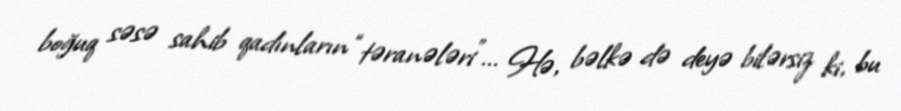
boğuq səsə sahib qadınların “təranələri”... Hə, bəlkə də deyə bilərsiz ki, bu